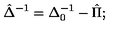
\hat { \Delta } ^ { - 1 } = \Delta _ { 0 } ^ { - 1 } - \hat { \Pi } ;